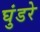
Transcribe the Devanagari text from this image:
घुंडरे